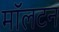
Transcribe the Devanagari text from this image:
मॉलटन